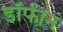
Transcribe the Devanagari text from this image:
डॉफीन